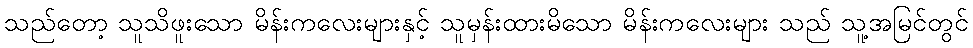
သည်တော့ သူသိဖူးသော မိန်းကလေးများနှင့် သူမှန်းထားမိသော မိန်းကလေးများ သည် သူ့အမြင်တွင်